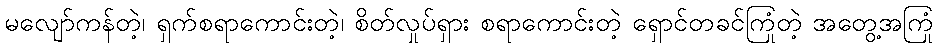
မလျော်ကန်တဲ့၊ ရှက်စရာကောင်းတဲ့၊ စိတ်လှုပ်ရှား စရာကောင်းတဲ့ ရှောင်တခင်ကြုံတဲ့ အတွေ့အကြုံ